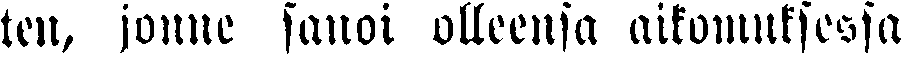
ten, jonne sanoi olleensa aikomuksessa